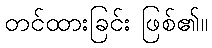
တင်ထားခြင်း ဖြစ်၏။